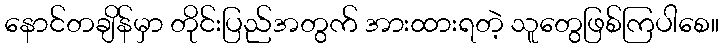
နောင်တချိန်မှာ တိုင်းပြည်အတွက် အားထားရတဲ့ သူတွေဖြစ်ကြပါစေ။